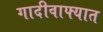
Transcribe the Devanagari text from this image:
गादीवाफ्यात